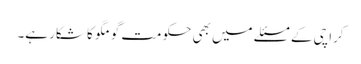
کراچی کے مسئلے میں بھی حکومت گومگو کا شکار ہے۔